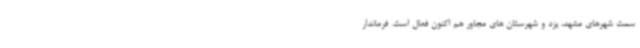
سمت شهرهای مشهد، یزد و شهرستان های مجاور هم اکنون فعال است. فرماندار